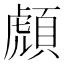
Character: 𲊰